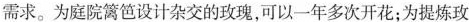
需求。为庭院篱笆设计杂交的玫瑰，可以一年多次开花；为提炼玫